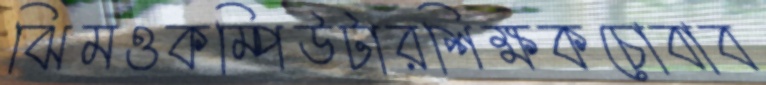
ঝিমওকম্পিউটারশিক্ষকচোবাব